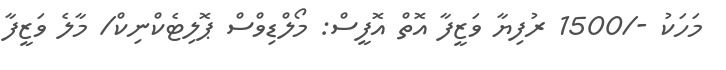
މަހަކު -/1500 ރުފިޔާ ވަޒީފާ އޮތް އޮފީސް: މޯލްޑިވްސް ޕޮލިޓެކްނިކް/ މާލެ ވަޒީފާ